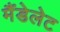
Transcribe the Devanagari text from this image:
मैंडेलेट